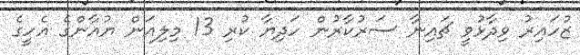
ޒުހައިރު ވިދާޅުވީ ޗައިނާ ސަރުކާރުން ހަދިޔާ ކުރި 13 މިލިއަން ޔުއާންގެ އެހީގެ